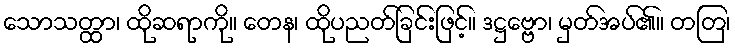
သောသတ္ထာ၊ ထိုဆရာကို။ တေန၊ ထိုပညတ်ခြင်းဖြင့်။ ဒဋ္ဌဗ္ဗော၊ မှတ်အပ်၏။ တတြ၊